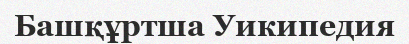
Башқұртша Уикипедия